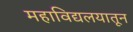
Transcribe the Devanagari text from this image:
महाविद्यलयातून